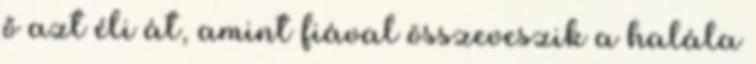
ő azt éli át, amint fiával összeveszik a halála